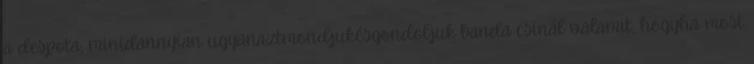
a despota, minidannyian ugyanaztmondjukésgondoljuk banda csinál valamit, hogyha most